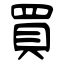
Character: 買